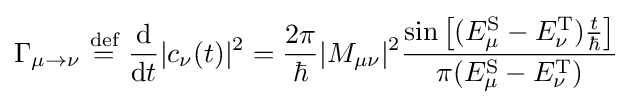
\Gamma _{\mu \to \nu }\ {\overset {\text{def}}{=}}\ {\frac {\mathrm {d} }{\mathrm {d} t}}|c_{\nu }(t)|^{2}={\frac {2\pi }{\hbar }}|M_{\mu \nu }|^{2}{\frac {\sin {\big [}(E_{\mu }^{\text{S}}-E_{\nu }^{\text{T}}){\tfrac {t}{\hbar }}{\big ]}}{\pi (E_{\mu }^{\text{S}}-E_{\nu }^{\text{T}})}}